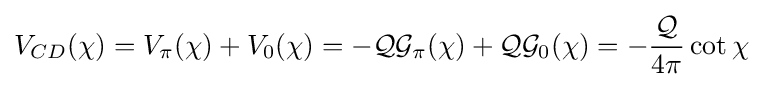
V_{CD}(\chi )=V_{\pi }(\chi )+V_{0}(\chi )=-{\mathcal {Q}}{\mathcal {G}}_{\pi }(\chi )+{\mathcal {Q}}{\mathcal {G}}_{0}(\chi )=-{\frac {\mathcal {Q}}{4\pi }}\cot \chi